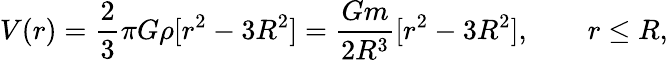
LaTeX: V(r)={\frac{2}{3}}\pi G\rho[r^{2}-3R^{2}]={\frac{Gm}{2R^{3}}}[r^{2}-3R^{2}],\qquad r\leq R,